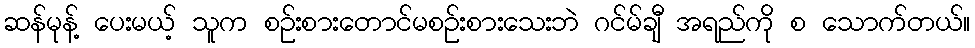
ဆန်မုန့် ပေးမယ့် သူက စဉ်းစားတောင်မစဉ်းစားသေးဘဲ ဂင်မ်ချီ အရည်ကို စ သောက်တယ်။